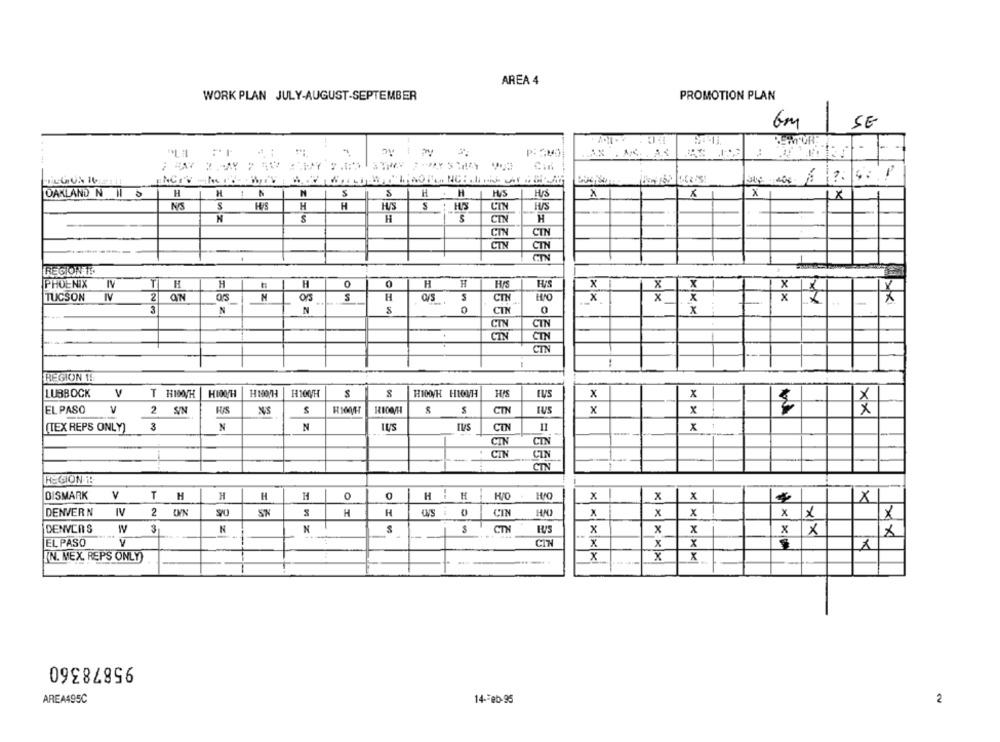
AREA 4
WORK PLAN JULY-AUGUST-SEPTEMBER
PROMOTION PLAN
GM
SE
1 --
446
Cin
OAKLAND N Il 5
H
HIN
N
M
S
H .H
H/S
HIS
x
X
1x
1
NFS
HIS
H
H
CIN
LES
H
CIN
H
CIN
CIN
CTN
-
CTN
CTN
REGIONAL
T
H
H
x
PHOENIX
H
H
H
0
H/S
X
X
2
2
ON
H
5
TUCSON
O/5
CTN
HIPO
xx
N
N
CIN
0
x
CTN
CIN
CIN
CIN
CIN
REGION 1!
LUBBOCK
T HIO0/H
HIOOH
H100/H
H100/H
S
HIDH HIOVH
HIS
EU'S
x
x
TUS
x
EL PASO
2 SIN
CTN
X
xx
(TEX REPS ONLY)
3
N
N
IUS
CIN
X
CIN
CIN
CIN
-
CIN
CTN
REGION !
DISMARK
V
T
TH
H
H
H
0
H
H
HIO
x
x
x
1X1
DENVER N
IV
2 IN
SN
H
H
CIN
X
x
x
× ×
DENVERS
W
3
N
N
CTN
x
X
x
x
×
XX
EL PASO
CIN
X
x
X
IN. MEX. REPS ONLY)
x
x
X
95878360
AREA495C
14-Feb-95
2